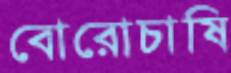
বোরোচাষি